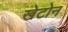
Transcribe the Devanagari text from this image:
खेटोन